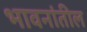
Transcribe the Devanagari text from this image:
भावनांतील